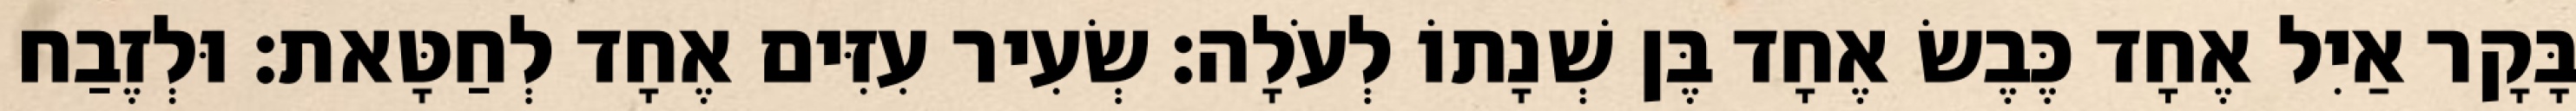
בָּקָר אַיִל אֶחָד כֶּבֶשׂ אֶחָד בֶּן שְׁנָתוֹ לְעֹלָה׃ שְׂעִיר עִזִּים אֶחָד לְחַטָּאת׃ וּלְזֶבַח